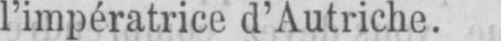
l’impératrice d’Autriche.